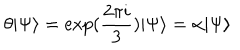
\theta \vert \Psi \rangle = \exp ( \frac { 2 \pi i } { 3 } ) \vert \Psi \rangle = \alpha \vert \Psi \rangle